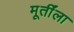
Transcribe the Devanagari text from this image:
मूर्तींला